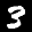
Label: 3